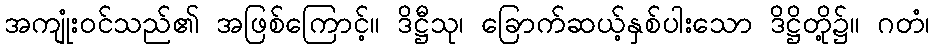
အကျုံးဝင်သည်၏ အဖြစ်ကြောင့်။ ဒိဋ္ဌီသု၊ ခြောက်ဆယ့်နှစ်ပါးသော ဒိဋ္ဌိတို့၌။ ဂတံ၊